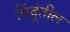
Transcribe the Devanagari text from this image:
बिंदूंतील